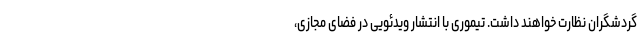
گردشگران نظارت خواهند داشت. تیموری با انتشار ویدئویی در فضای مجازی،